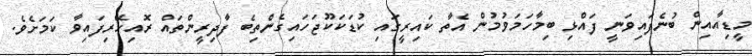
މީޑިއާއިން ބުނެފައިވަނީ ފައްޅި ބިމާހަމަވުމުން އެތާ ކައިރީގައި ކުޑަކަކޫޖަހައިގެންތިބެ ފާދިރީންތައް ރޮއިހޭރިފައިވާ ކަމަށެވެ.